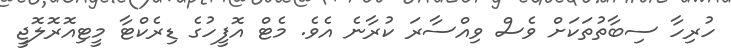
ހުރިހާ ސިބާތުތަކަށް ވެސް ވިއްސާރަ ކުރާނެ އެވެ. މެޓް އޮފީހުގެ ޑިރެކްޓާ މީޓިއޮރޮލޮޖީ